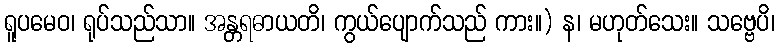
ရူပမေဝ၊ ရုပ်သည်သာ။ အန္တရဓာယတိ၊ ကွယ်ပျောက်သည် ကား။) န၊ မဟုတ်သေး။ သဗ္ဗေပိ၊